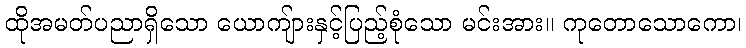
ထိုအမတ်ပညာရှိသော ယောကျ်ားနှင့်ပြည့်စုံသော မင်းအား။ ကုတောသောကော၊